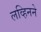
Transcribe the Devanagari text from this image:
लव्हिनने